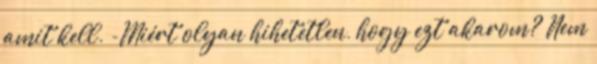
amit kell. -Miért olyan hihetetlen, hogy ezt akarom? Nem